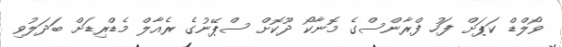
ވޯލްޑް ކަޕަށް ފަހު ފްރާންސްގެ މޮނާކޯ ދޫކޮށް ސްޕޭނުގެ ރެއާލް މެޑްރިޑަށް ބަދަލުވި